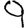
Digit: 9